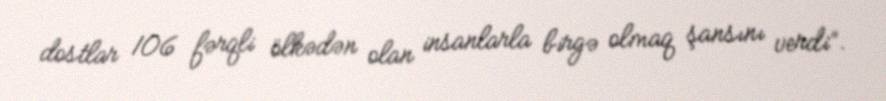
dostlar 106 fərqli ölkədən olan insanlarla birgə olmaq şansını verdi”.